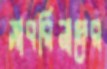
সাবরিনাদের